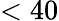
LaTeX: <40